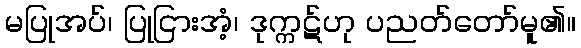
မပြုအပ်၊ ပြုငြားအံ့၊ ဒုက္ကဋ်ဟု ပညတ်တော်မူ၏။